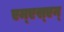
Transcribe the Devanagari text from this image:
एम्‌एस्‌एन्‌